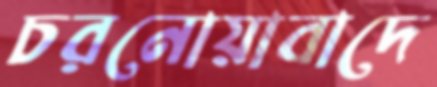
চরনোয়াবাদে